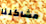
مشاكلنا